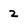
Character: 2